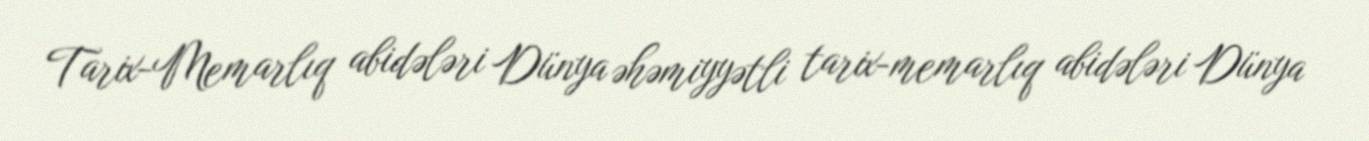
Tarix-Memarlıq abidələri Dünya əhəmiyyətli tarix-memarlıq abidələri Dünya